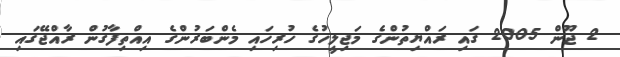
2 ޖޫން 2005 ގައި ރައްޔިތުންގެ މަޖިލީހުގެ ހުރިހައި މެންބަރުންގެ އިއްތިފާގުން ރާއްޖޭގައި